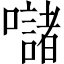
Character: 𱕣